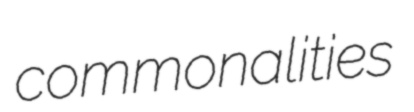
commonalities